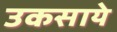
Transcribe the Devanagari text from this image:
उकसाये